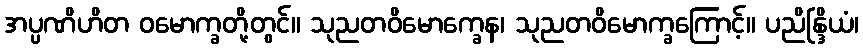
အပ္ပဏိဟိတ ဝမောက္ခတို့တွင်။ သုညတဝိမောက္ခေန၊ သုညတဝိမောက္ခကြောင့်။ ပညိန္ဒြိယံ၊